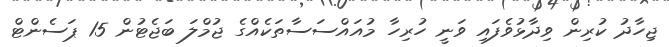
ޖިހާދު ކުރިން ވިދާޅުވެފައި ވަނީ ހުރިހާ މުއައްސަސާތަކެއްގެ ޖުމްލަ ބަޖެޓުން 15 ޕަސެންޓް